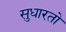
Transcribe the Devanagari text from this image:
सुधारतो